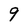
Character: 9